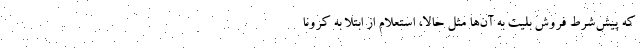
که پیش‌شرط فروش بلیت به آن‌ها مثل حالا، استعلام از ابتلا به کرونا